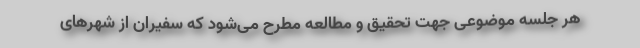
هر جلسه موضوعی جهت تحقیق و مطالعه مطرح می‌شود که سفیران از شهرهای